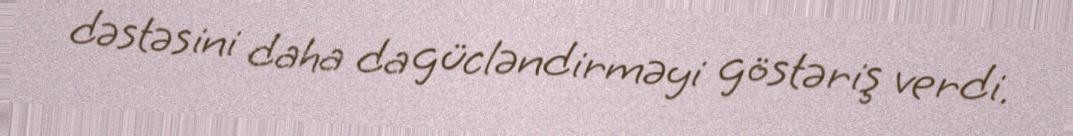
dəstəsini daha da gücləndirməyi göstəriş verdi.